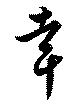
幸